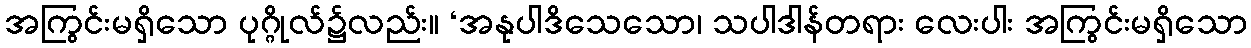
အကြွင်းမရှိသော ပုဂ္ဂိုလ်၌လည်း။ ‘အနုပါဒိသေသော၊ သပါဒါန်တရား လေးပါး အကြွင်းမရှိသော